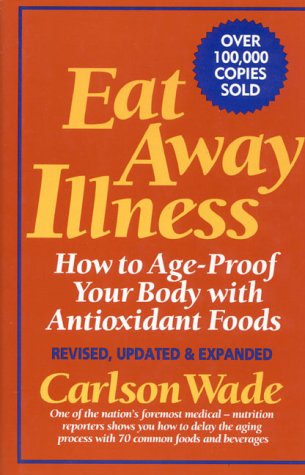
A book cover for Eat Away Illness: How to Age-Proof Your Body With Antioxidant Foods; Carlson Wade; Health, Fitness & Dieting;